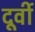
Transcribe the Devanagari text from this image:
दूर्वी